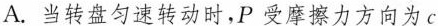
A.当转盘匀速转动时，P受摩擦力方向为c